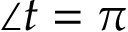
\angle t = \pi